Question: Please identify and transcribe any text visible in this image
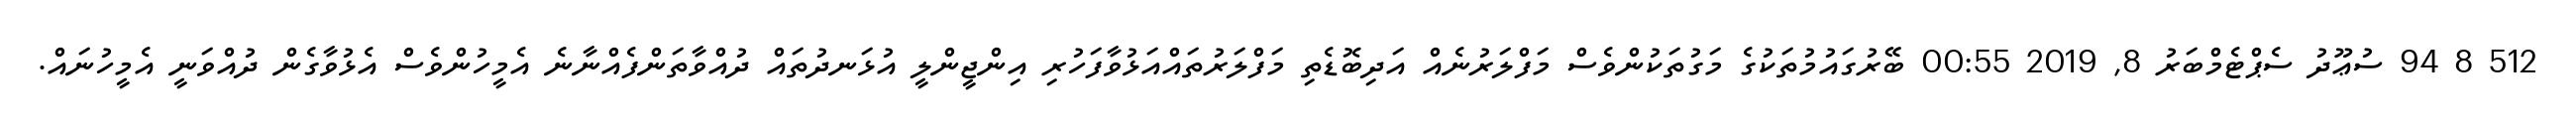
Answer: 512 8 94 ސުޢޫދު ސެޕްޓެމްބަރު 8, 2019 00:55 ބޭރުގައުމުތަކުގެ މަގުތަކުންވެސް މަފްލަރުނެއް އަދިބޮޑެތި މަފްލަރުތައްއަޅުވާފަހުރި އިންޖީންލީ އުޅަނދުތައް ދުއްވާތަންފެއްނާނެ އެމީހުންވެސް އެޅުވާގެން ދުއްވަނީ އެމީހުނައް.